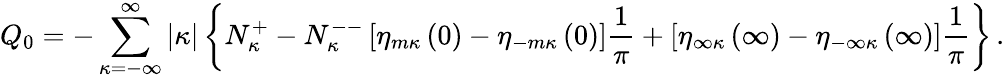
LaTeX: Q_{0}=-\sum_{\kappa=-\infty}^{\infty}\vert\kappa\vert\left\{ N_{\kappa}^{+}-N_{\kappa}^{--}\left[\eta_{m\kappa}\left(0\right)-\eta_{-m\kappa}\left(0\right)\right]\frac{1}{\pi}+\left[\eta_{\infty\kappa}\left(\infty\right)-\eta_{-\infty\kappa}\left(\infty\right)\right]\frac{1}{\pi}\right\} \, .